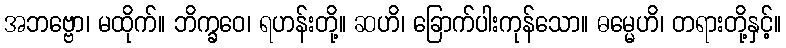
အဘဗ္ဗော၊ မထိုက်။ ဘိက္ခဝေ၊ ရဟန်းတို့။ ဆဟိ၊ ခြောက်ပါးကုန်သော။ ဓမ္မေဟိ၊ တရားတို့နှင့်။